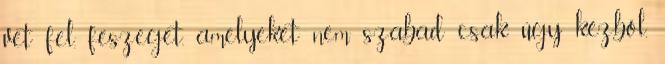
vet fel, feszeget, amelyeket nem szabad csak úgy kézből,